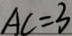
A C = 3